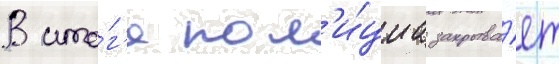
В ито́г'е пол'и́циа закрыва́ет